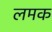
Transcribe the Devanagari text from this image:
लमक